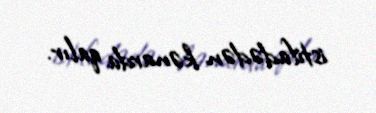
istifadədən kənarda qalır.